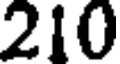
210